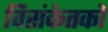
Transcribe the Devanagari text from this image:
विसंकेतकों